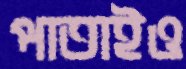
পাতাইও